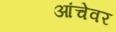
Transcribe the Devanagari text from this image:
आंचेवर